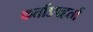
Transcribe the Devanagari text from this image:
कर्ताऽपहर्ता